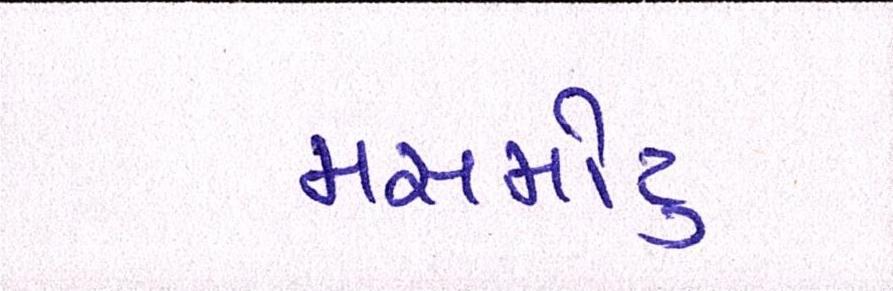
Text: મસમોટુ